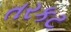
તરકટ